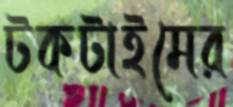
টকটাইমের